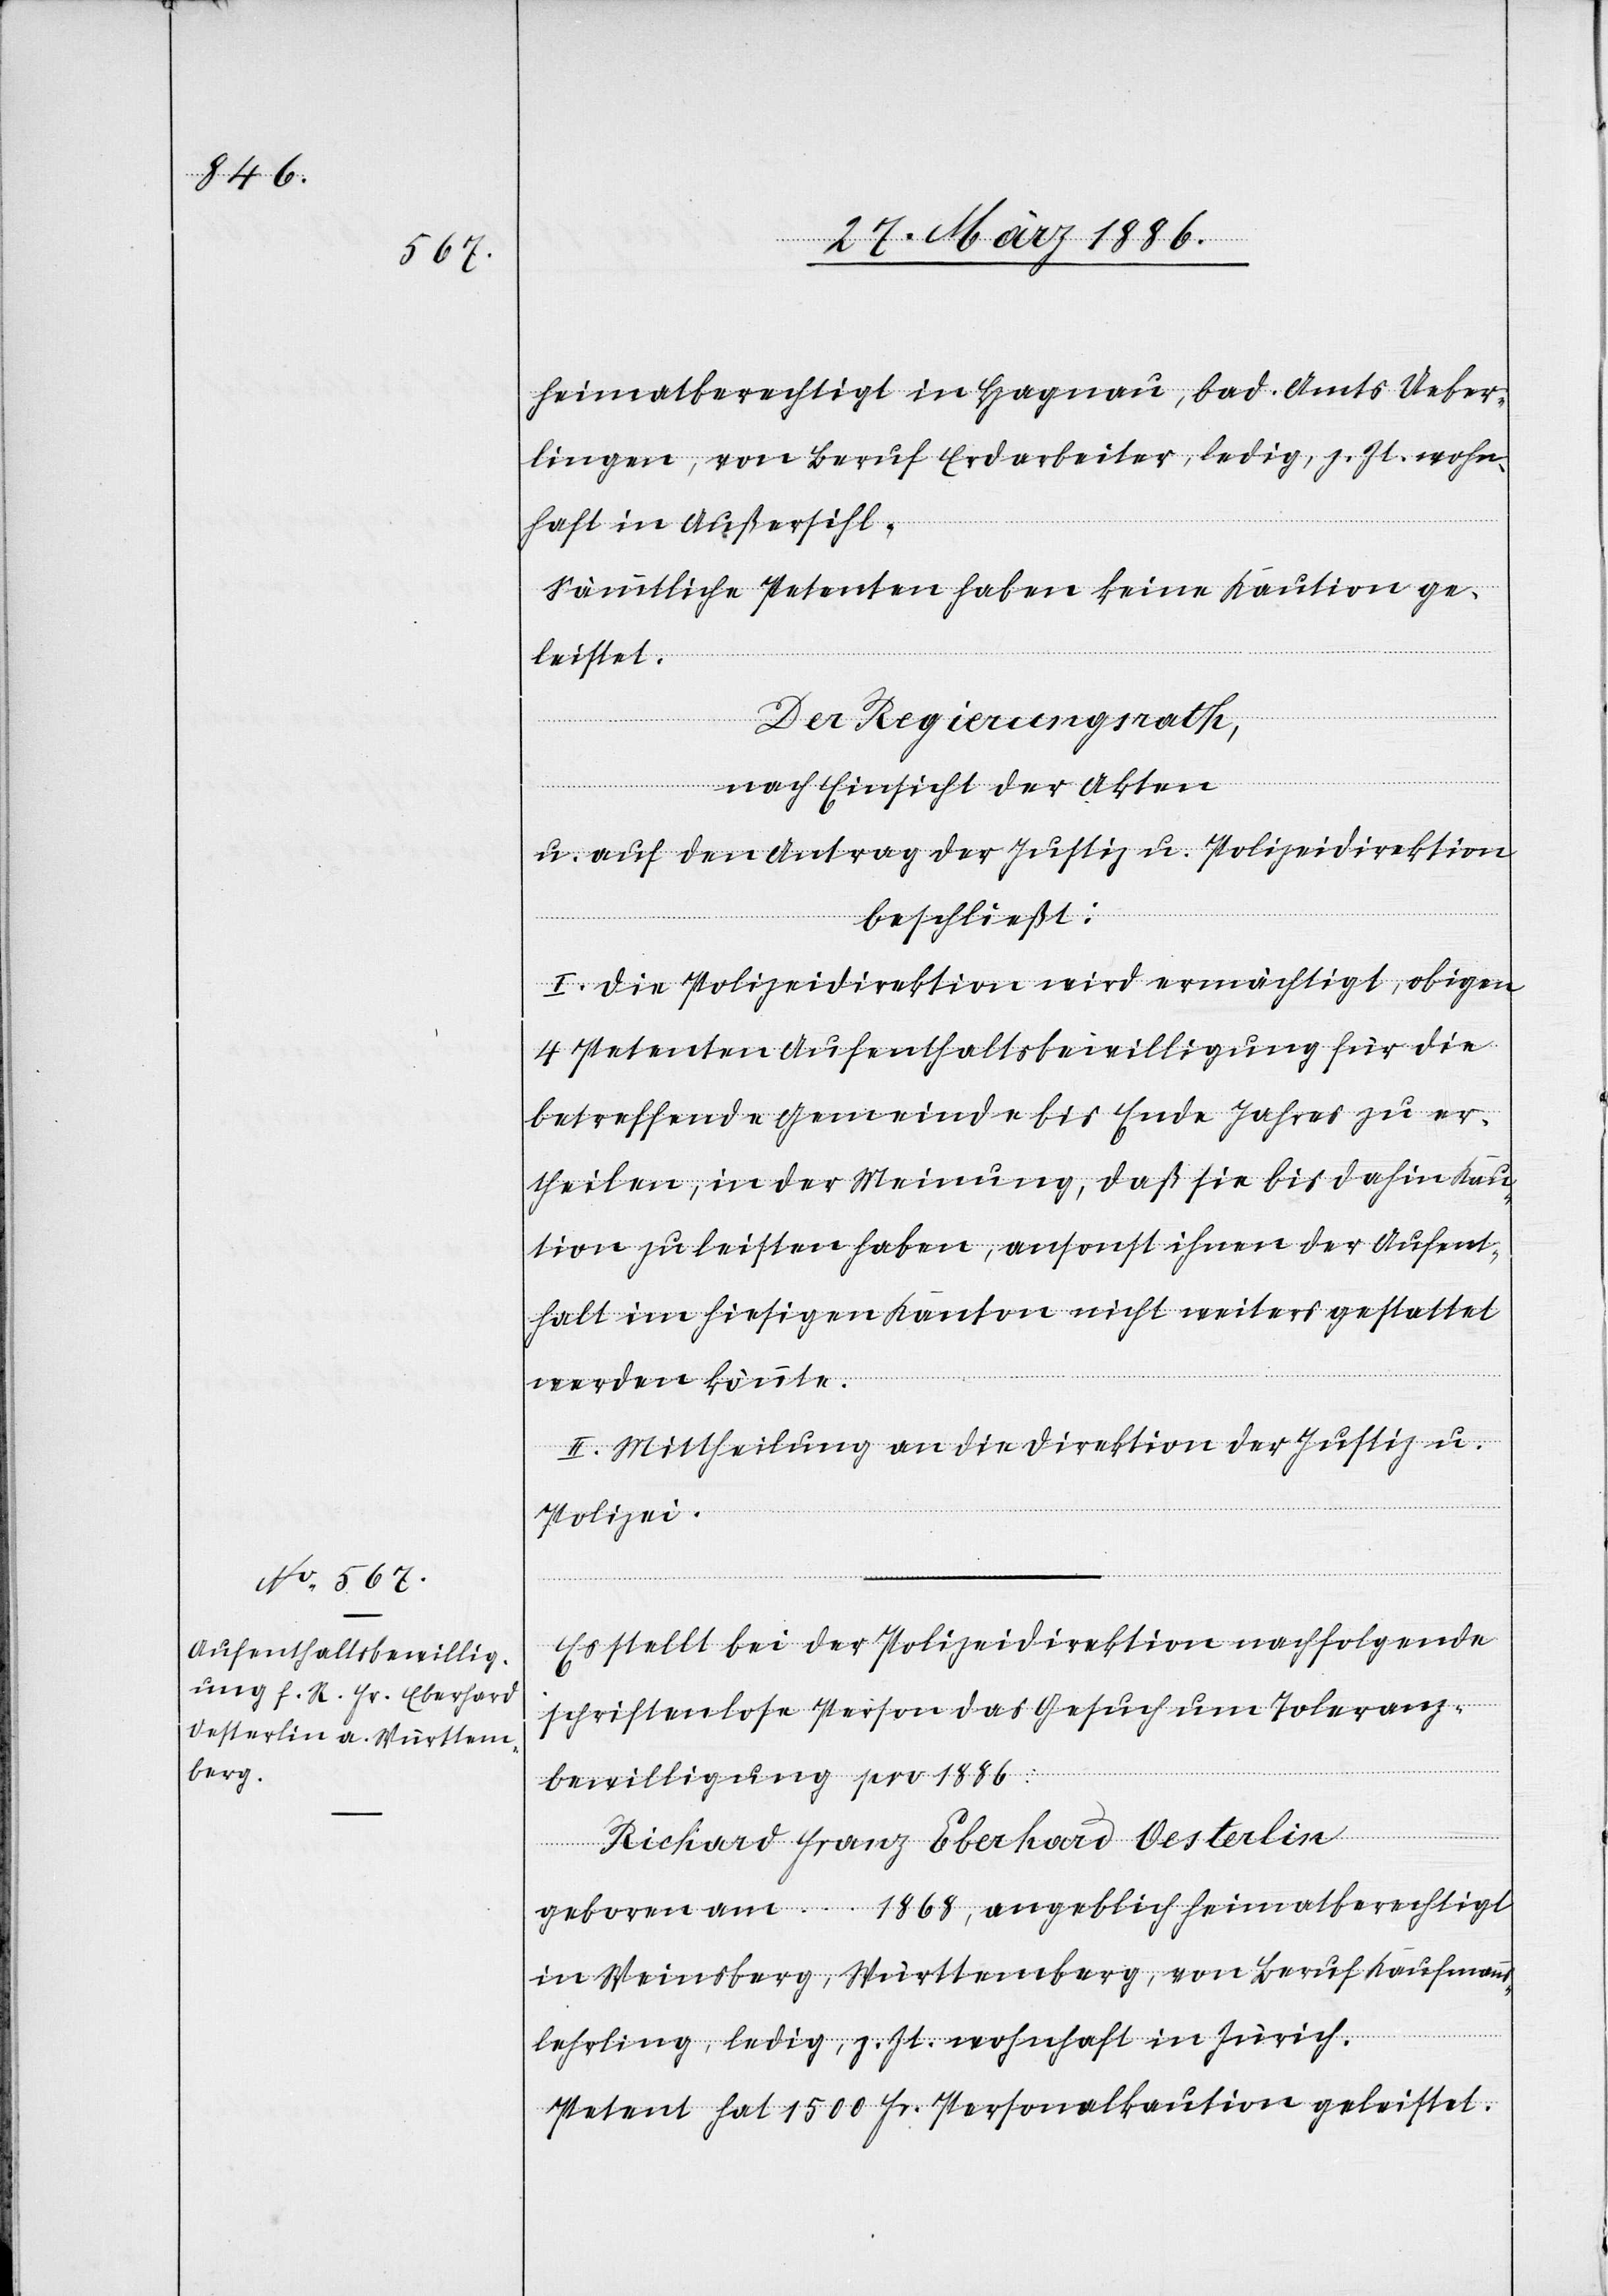
heimatberechtigt in Hagnau, bad. Amts Ueber¬
lingen, von Beruf Erdarbeiter, ledig, z. Zt. wohn¬
haft in Außersihl.
Sämmtliche Petenten haben keine Kaution ge¬
leistet.
Der Regierungsrath,
nach Einsicht der Akten
u. auf den Antrag der Justiz u. Polizeidirektion
beschließt:
I. Die Polizeidirektion wird ermächtigt, obigen
4 Petenten Aufenthaltsbewilligungen für die
betreffende Gemeinde bis Ende Jahres zu er¬
theilen, in der Meinung, daß sie bis dahin Kau¬
tion zu leisten haben, ansonst ihnen der Aufent¬
halt im hiesigen Kanton nicht weiter gestattet
werden könnte.
II. Mittheilung an die Direktion der Justiz u.
Polizei.
Es stellt bei der Polizeidirektion nachfolgende
schriftenlose Person das Gesuch um Toleranz¬
bewilligung pro 1886:
Richard Franz Eberhard Oesterlin
geboren am … 1868, angeblich heimatberechtigt
in Weinsberg, Württemberg, von Beruf Kaufmanns¬
lehrling, ledig, z. Zt. wohnhaft in Zürich.
Petent hat 1500 Fr. Personalkaution geleistet.